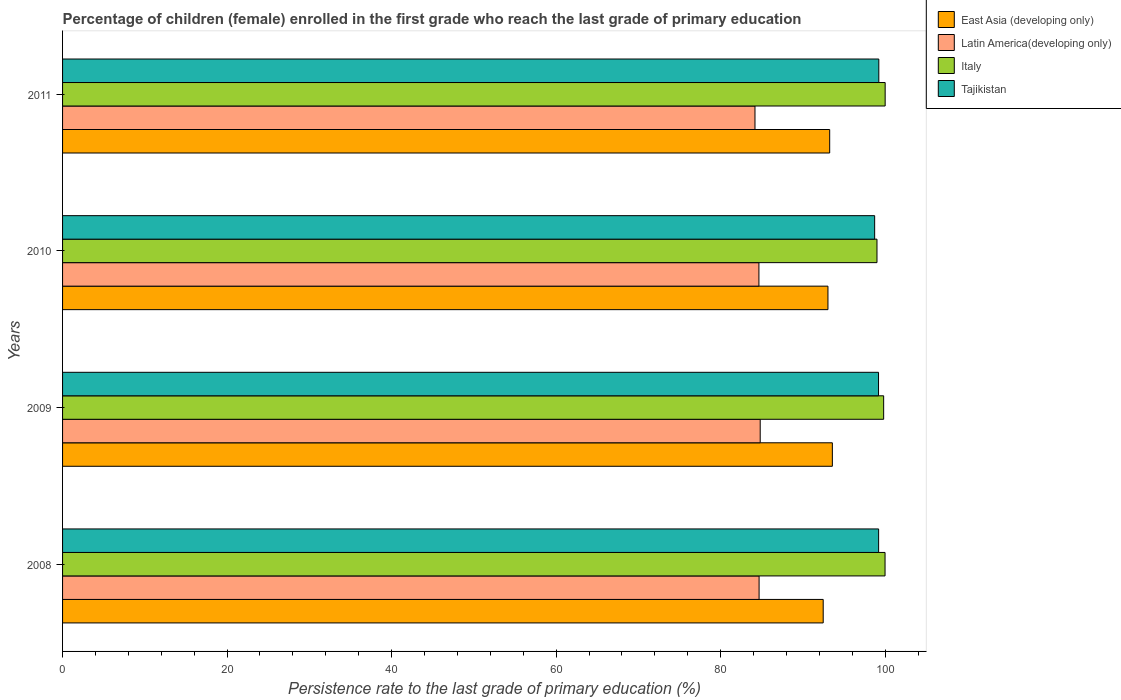
| Years | East Asia (developing only) | Latin America(developing only) | Italy | Tajikistan |
 | --- | --- | --- | --- | --- |
 | 2008 | 92.5 | 84.7 | 100 | 99.2 |
 | 2009 | 93.6 | 84.8 | 99.8 | 99.2 |
 | 2010 | 93 | 84.7 | 99 | 98.7 |
 | 2011 | 93.3 | 84.2 | 100 | 99.2 |